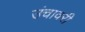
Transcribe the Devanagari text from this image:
उंचावरी